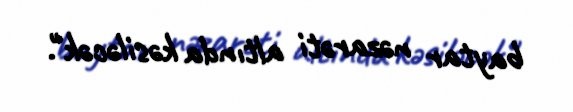
baytar nəzarəti altında kəsiləcək".